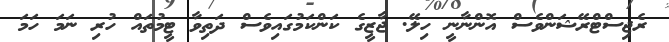
ރެޖިސްޓްރޭޝަންވެސް އޮންނާނީ ހިލޭ. ޖާޒީގެ ކަންކަމުގައިވެސް ދަތިވާ ޓީމުތައް ހުރި ނަމަ ހަމަ